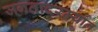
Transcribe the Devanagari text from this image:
जगतादरम्यान